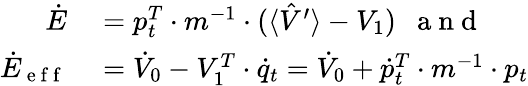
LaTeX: \begin{array}{rl}{\dot{E}}&{{}=p_{t}^{T}\cdot m^{-1}\cdot(\langle\hat{V}^{\prime}\rangle-V_{1})\mathrm{~\ \ a~n~d~}}\\ {\dot{E}_{\mathrm{~e~f~f~}}}&{{}=\dot{V}_{0}-V_{1}^{T}\cdot\dot{q}_{t}=\dot{V}_{0}+\dot{p}_{t}^{T}\cdot m^{-1}\cdot p_{t}}\end{array}